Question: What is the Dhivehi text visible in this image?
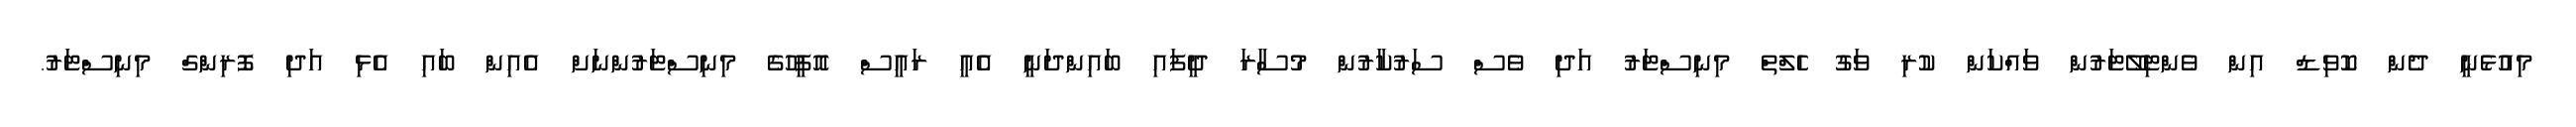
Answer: މިއުޅެނީ ދެން ކޮވިޑް އިން ވެންޓިލޭޓަރުން ވައްކަން ކުރި ވަގު ހެލްތް މިނިސްޓަރު އަދި ވެސް ސަރުކާރުން މުސާރަ ދީފައި ބައިންދަނީ އެއީ ރައީސް އޮފީހުގެ މިނިސްޓަރުންނަށް އެއިން ބައި އެޅި އަދި ފޮރިންގް މިނިސްޓަރު.